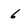
Character: 6